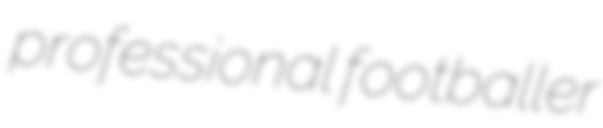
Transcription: professional footballer